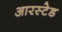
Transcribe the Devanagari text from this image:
आरस्टेड